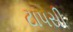
ટાપસી